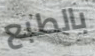
بالطبع